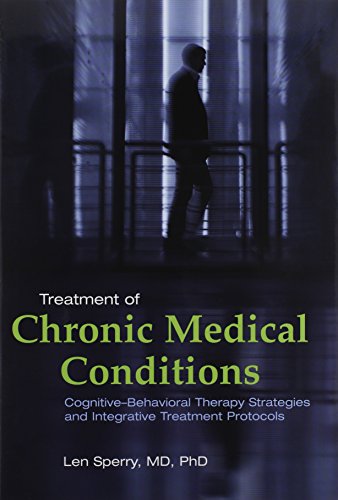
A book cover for Treatment of Chronic Medical Conditions: Cognitive-Behavioral Therapy Strategies and Integrative Treatment Protocols; Len Sperry; Medical Books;